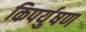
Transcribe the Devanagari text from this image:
किपर्युषण